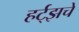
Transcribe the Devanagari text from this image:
हर्ट्‌झचे